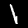
Digit: 1